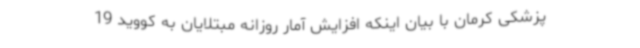
پزشکی کرمان با بیان اینکه افزایش آمار روزانه مبتلایان به کووید 19